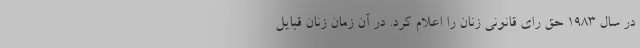
در سال 1983 حق رای قانونی زنان را اعلام کرد. در آن زمان زنان قبایل